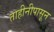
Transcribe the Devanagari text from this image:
ताहीनीपासून